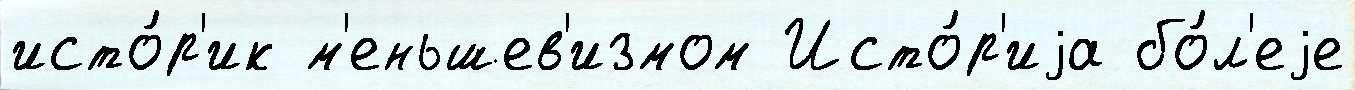
исто́р'ик м'еньшев'измом Исто́р'иjа бо́л'еjе